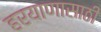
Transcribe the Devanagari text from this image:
हरयाणासाठी